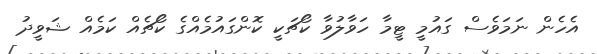
އެހެން ނަމަވެސް ގައުމީ ޓީމާ ހަވާލުވާ ކޯޗަކީ ކޮންގައުމެއްގެ ކޯޗެއް ކަމެއް ޝަވީދު